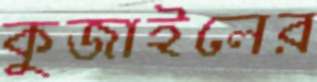
কুজাইলের